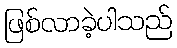
ဖြစ်လာခဲ့ပါသည်